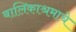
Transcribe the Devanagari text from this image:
बालिकाश्रमाचे